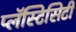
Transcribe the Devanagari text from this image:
प्लॅस्टिसिटी